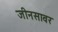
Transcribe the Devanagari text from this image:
जीनसावर